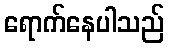
ရောက်နေပါသည်